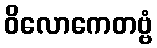
ဝိလောကေတဗ္ဗံ